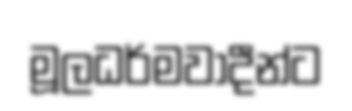
මූලධර්මවාදීන්ට